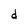
Character: d